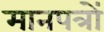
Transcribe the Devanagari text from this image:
मानपत्रों